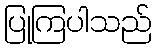
ပြုကြပါသည်